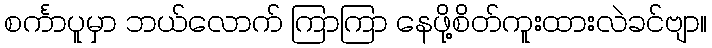
စင်္ကာပူမှာ ဘယ်လောက် ကြာကြာ နေဖို့စိတ်ကူးထားလဲခင်ဗျာ။